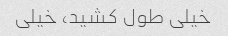
خیلی طول کشید، خیلی